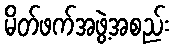
မိတ်ဖက်အဖွဲ့အစည်း